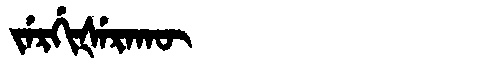
Manchu: ᠵᡝᡵᡤᡳᡧᡝᡵᠠᡴᡡ
Romanization: JERGIŠERAKŪ